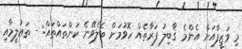
މި ވަޒީފާއަށް އެންމެ ޤާބިލު ފަރާތެއް ހޮވުމަށް ބެލެވޭނެ ކަންތައްތައް: - ތަޢުލީމާއި